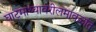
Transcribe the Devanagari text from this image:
घाटमाथ्यावरीलमावळांत